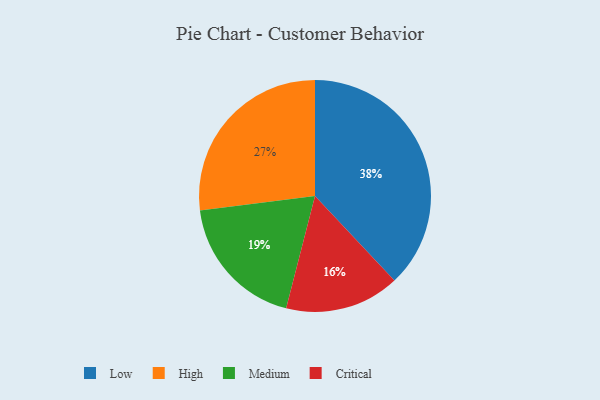
{"axis": {"x": "Category", "y": "Percentage"}, "legend": ["Critical", "High", "Low", "Medium"], "data": [{"x": "High", "y": 27, "type": "High"}, {"x": "Critical", "y": 16, "type": "Critical"}, {"x": "Medium", "y": 19, "type": "Medium"}, {"x": "Low", "y": 38, "type": "Low"}]}